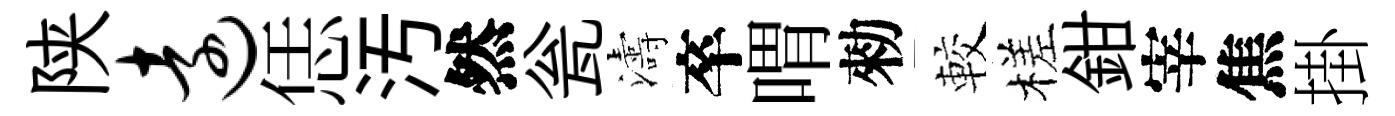
陕远恁汚然瓮濤卒喟勑較槎鉗宰焦掛